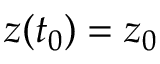
z ( t _ { 0 } ) = z _ { 0 }